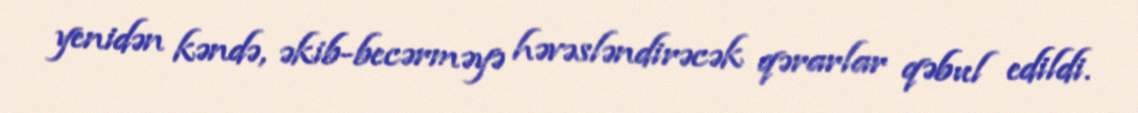
yenidən kəndə, əkib-becərməyə həvəsləndirəcək qərarlar qəbul edildi.